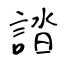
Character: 誻